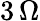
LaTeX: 3\, \Omega